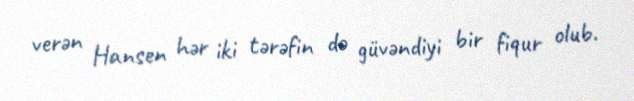
verən Hansen hər iki tərəfin də güvəndiyi bir fiqur olub.